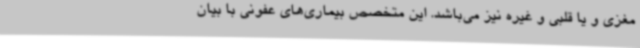
مغزی و یا قلبی و غیره نیز می‌باشد. این متخصص بیماری‌های عفونی با بیان